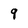
Character: 9